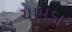
ચામડા